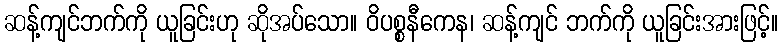
ဆန့်ကျင်ဘက်ကို ယူခြင်းဟု ဆိုအပ်သော။ ဝိပစ္စနီကေန၊ ဆန့်ကျင် ဘက်ကို ယူခြင်းအားဖြင့်။